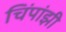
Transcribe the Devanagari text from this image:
चिंपांझी